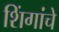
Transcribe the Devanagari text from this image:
शिंगांचे